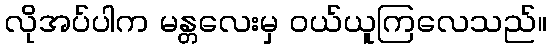
လိုအပ်ပါက မန္တလေးမှ ဝယ်ယူကြလေသည်။